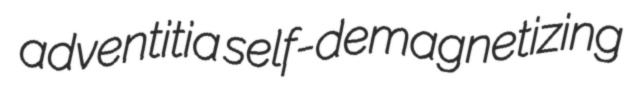
adventitia self-demagnetizing